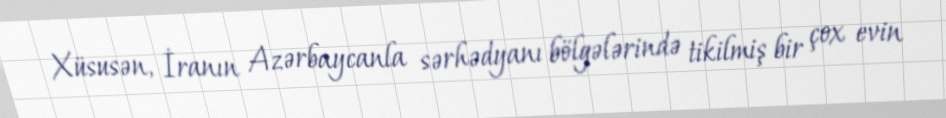
Xüsusən, İranın Azərbaycanla sərhədyanı bölgələrində tikilmiş bir çox evin